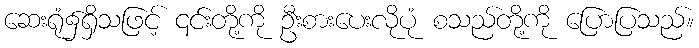
ဆေးရုံ၌ရှိသဖြင့် ၎င်းတို့ကို ဦးစားပေးလိုပုံ စသည်တို့ကို ပြောပြသည်။